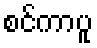
စင်ကာပူ